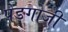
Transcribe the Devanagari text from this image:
पेडगोजी